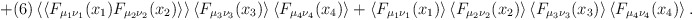
\begin{align*}+(6)\left<\left<F_{\mu_1\nu_1}(x_1)F_{\mu_2\nu_2}(x_2)\right>\right>\left<F_{\mu_3\nu_3}(x_3)\right>\left<F_{\mu_4\nu_4}(x_4)\right>+\left<F_{\mu_1\nu_1}(x_1)\right>\left<F_{\mu_2\nu_2}(x_2)\right>\left<F_{\mu_3\nu_3}(x_3)\right>\left<F_{\mu_4\nu_4}(x_4)\right>.\end{align*}